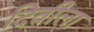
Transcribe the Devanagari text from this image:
दितीला